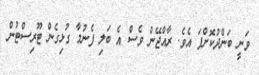
ވަނީ ބަންދުކޮށްފަ އެވެ. ރާއްޖޭން ވެސް އެ ބަލި ފެނުމާ ގުޅިގެން ޓޫރިސްޓުން